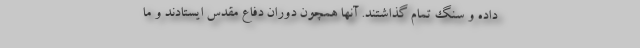
داده و سنگ تمام گذاشتند. آنها همچون دوران دفاع مقدس ایستادند و ما